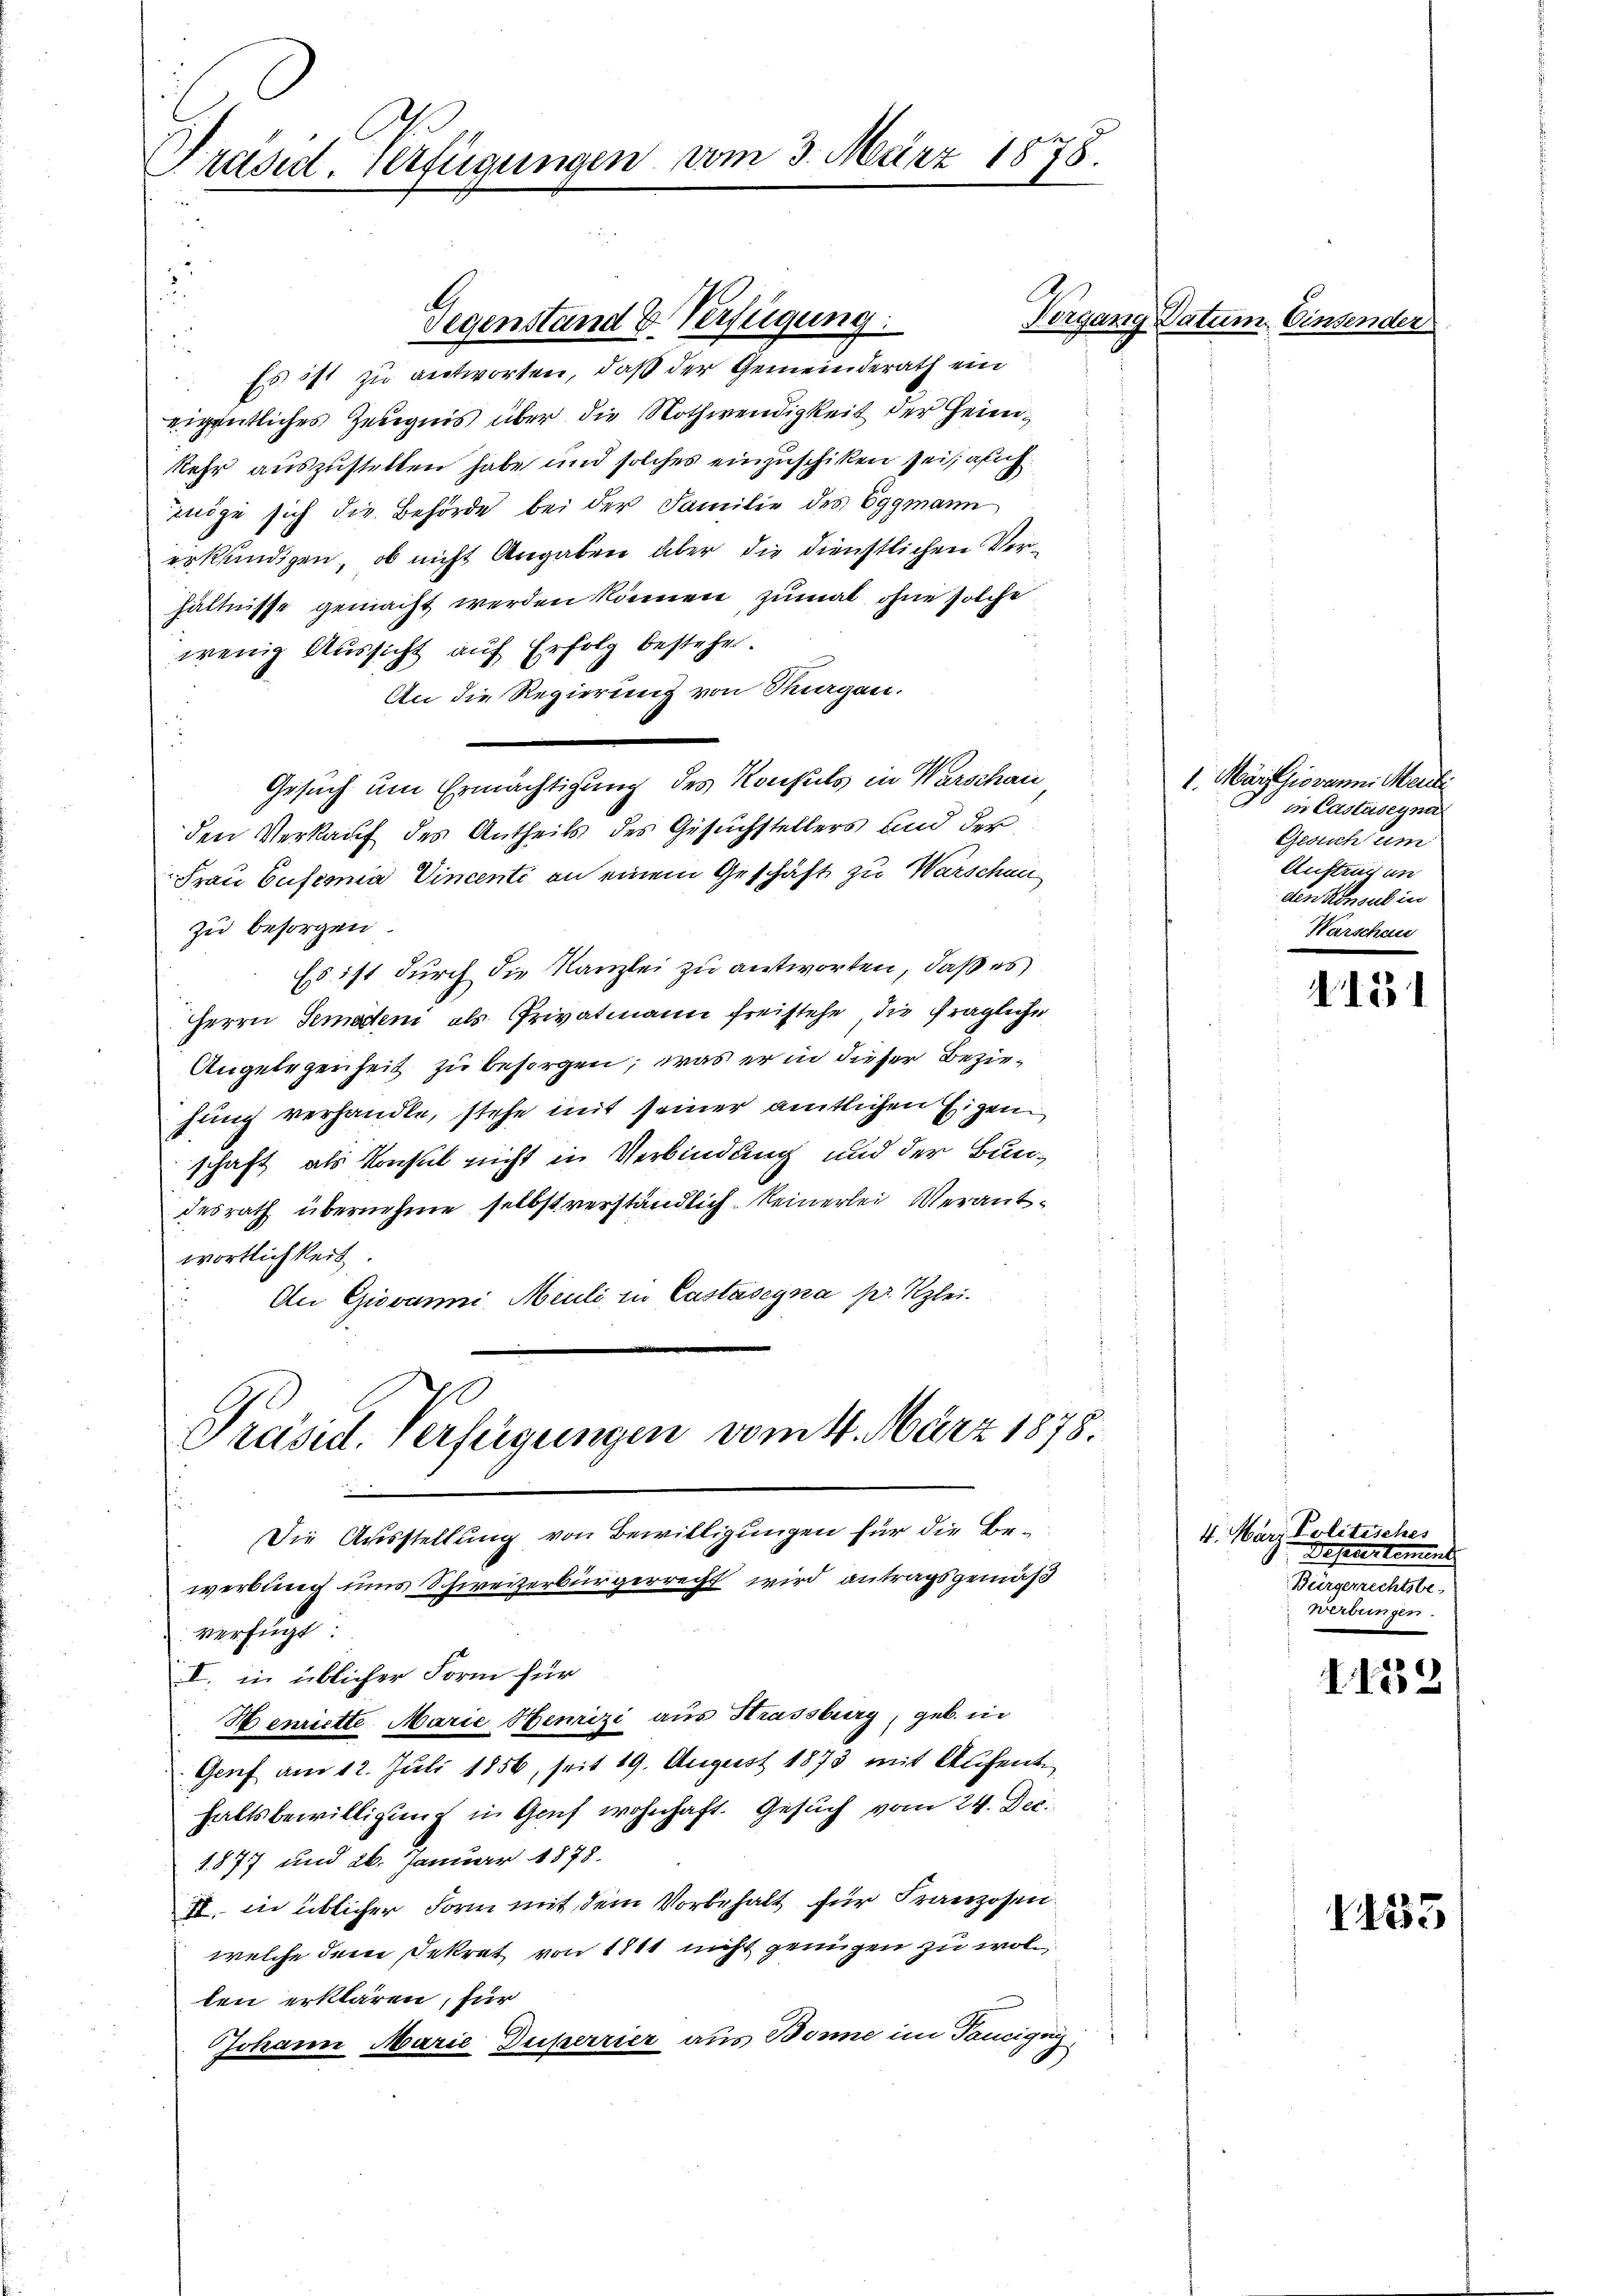
Präsid. Verfügungen vom 3. März 1878.

Es ist zu antworten, daß der Gemeinderath ein
eigentliches Zeugnis über die Nothwendigkeit der Heimkehr auszustellen habe und solches einzuschiken sei alich
möge sich die Behörde bei der Familie des Eggmann
erkündigen, ob nicht Angaben über die dienstlichen Verhältnisse gemacht werden können, zumal ohne solche
wenig Aussicht auf Erfolg bestehen
An die Regierung von Thurgau.
Gesuch um Ermächtigung des Konsuls in Warschau
den Verkauf des Antheils des Gesuchstellers und der
Frau Busernia Vincenti an einem Geschäft zu Warschen
zu besorgen.
Es ist durch die Kanzlei zu antworten, daß es
Herrn Semaden als Privatmann freistehe, die fragliche
Angelegenheit zu besorgen; was er in dieser Beziehung verhandle, stehe mit seiner amtlichen Eigen
schaft als Konsul nicht in Verbindung und der Bundesrath übernehme selbst verständlich keinerlei Verantwortlichkeit
An Giovanni Meuli in Castasegna pr. Klei¬

Präsid. Verfügungen vom 4. März 1878.
—
Die Ausstellung von Bewilligungen für die Be¬

Gegenstand & Verfügung

werbung und Schweizerbürgerrecht wird antragsgemäß
verfügt:
I. in üblicher Form für
Henriette Marie Henrizi aus Strassburg, geb. in
Genf am 12. Juli 1856, seit 19. August 1873 mit Aufenthaltsbewilligung in Graf wohnhaft. Gesuch vom 24. Dec.
1877 und 26. Januar 1878.
II. in üblicher Form mit dem Vorbehalt für Franzosen.
welche dem Dekret von 1811 nicht genügen zu wolten erklären, für
Johann Marie Duperrier aus Bonne im Taneignis,

Vorgang Datum. Einsender

1. Marthiovanni Mei
in Castasegna
Gesuch um
Auftrag un
den Konsul in
Warschau

A. 1831

4. März Politisches
Deserer Cement
Bringereitete.
Werbungen.

159

1433